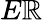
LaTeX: E\mathbb{R}